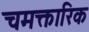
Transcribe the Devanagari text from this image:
चमक्तारिक